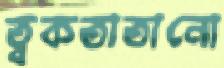
ত্বকতাতানো